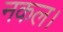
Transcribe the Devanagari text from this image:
नकल।